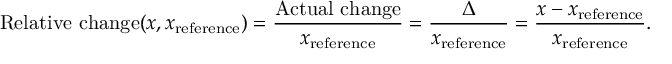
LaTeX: { \mathrm { R e l a t i v e ~ c h a n g e } } ( x , x _ { \mathrm { r e f e r e n c e } } ) = { \frac { \mathrm { A c t u a l ~ c h a n g e } } { x _ { \mathrm { r e f e r e n c e } } } } = { \frac { \Delta } { x _ { \mathrm { r e f e r e n c e } } } } = { \frac { x - x _ { \mathrm { r e f e r e n c e } } } { x _ { \mathrm { r e f e r e n c e } } } } .